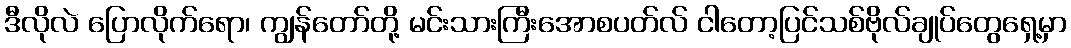
ဒီလိုလဲ ပြောလိုက်ရော၊ ကျွန်တော်တို့ မင်းသားကြီးအောစပတ်လ် ငါတော့ပြင်သစ်ဗိုလ်ချုပ်တွေရှေ့မှာ